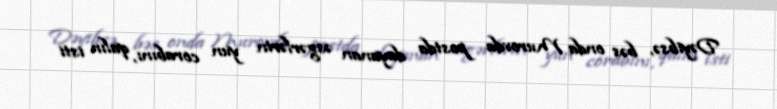
Dəyibsə, bəs onda Murovda postda dayanan əsgərlərin yun corabını, qalın isti